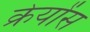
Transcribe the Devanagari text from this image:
क्रेयोंस